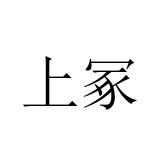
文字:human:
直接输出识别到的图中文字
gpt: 上冢